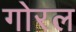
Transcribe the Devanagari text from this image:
गोरल